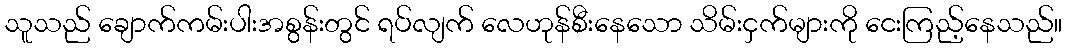
သူသည် ချောက်ကမ်းပါးအစွန်းတွင် ရပ်လျက် လေဟုန်စီးနေသော သိမ်းငှက်များကို ငေးကြည့်နေသည်။